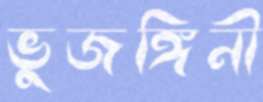
ভুজঙ্গিনী